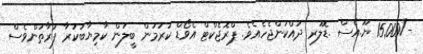
-/15